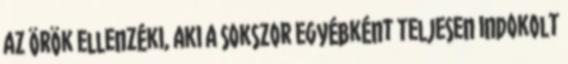
az örök ellenzéki, aki a sokszor egyébként teljesen indokolt